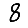
Digit: 8